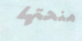
منحتها